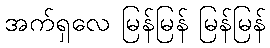
အက်ရှလေ မြန်မြန် မြန်မြန်